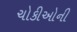
ચોકીઓની